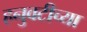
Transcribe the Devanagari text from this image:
हनुवटीच्या